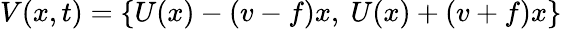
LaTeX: V(x,t)=\{ U(x)-(v-f)x,~U(x)+(v+f)x\}